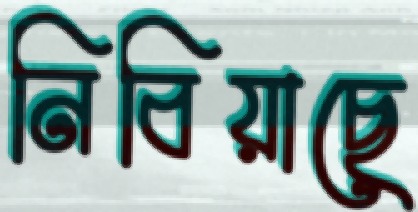
নিবিয়াছে